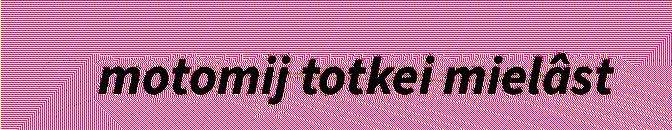
motomij totkei mielâst